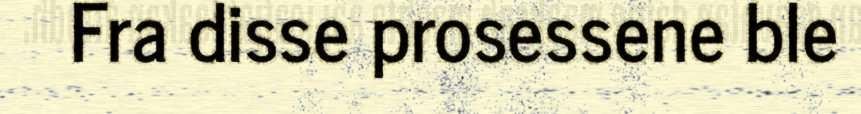
Fra disse prosessene ble